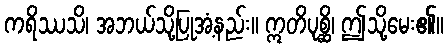
ကရိဿသိ၊ အဘယ်သို့ပြုအံ့နည်း။ ဣတိပုစ္ဆိ၊ ဤသို့မေး၏။